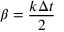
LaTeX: \beta = { \frac { k \Delta t } { 2 } }